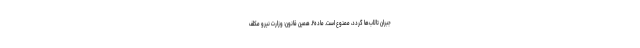
جبران تالاب‌ها گردد، ممنوع است. ماده۲ـ همین قانون: وزارت نیرو مکلف